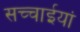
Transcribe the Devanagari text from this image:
सच्चाईयां